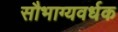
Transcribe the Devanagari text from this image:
सौभाग्यवर्धक